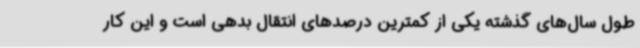
طول سال‌های گذشته یکی از کمترین درصدهای انتقال بدهی است و این کار